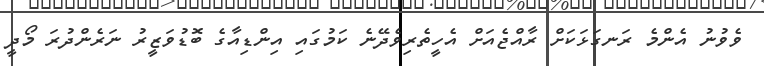
ވެވުނު އެންމެ ރަނގަޅަކަށް ރާއްޖެއަށް އެހީތެރިވެދޭނެ ކަމުގައި އިންޑިއާގެ ބޮޑުވަޒީރު ނަރެންދުރަ މޯދީ